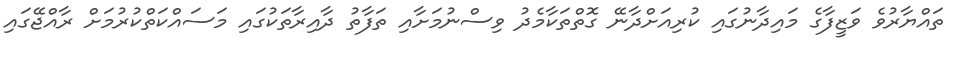
ތައްޔާރުވެ ވަޒީފާގެ މައިދާނުގައި ކުރިއަށްދާނޭ ގޮތްތަކާމެދު ވިސްނުމަށާއި ތަފާތު ދާއިރާތަކުގައި މަސައްކަތްކުރުމަށް ރާއްޖޭގައި